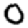
Digit: 0